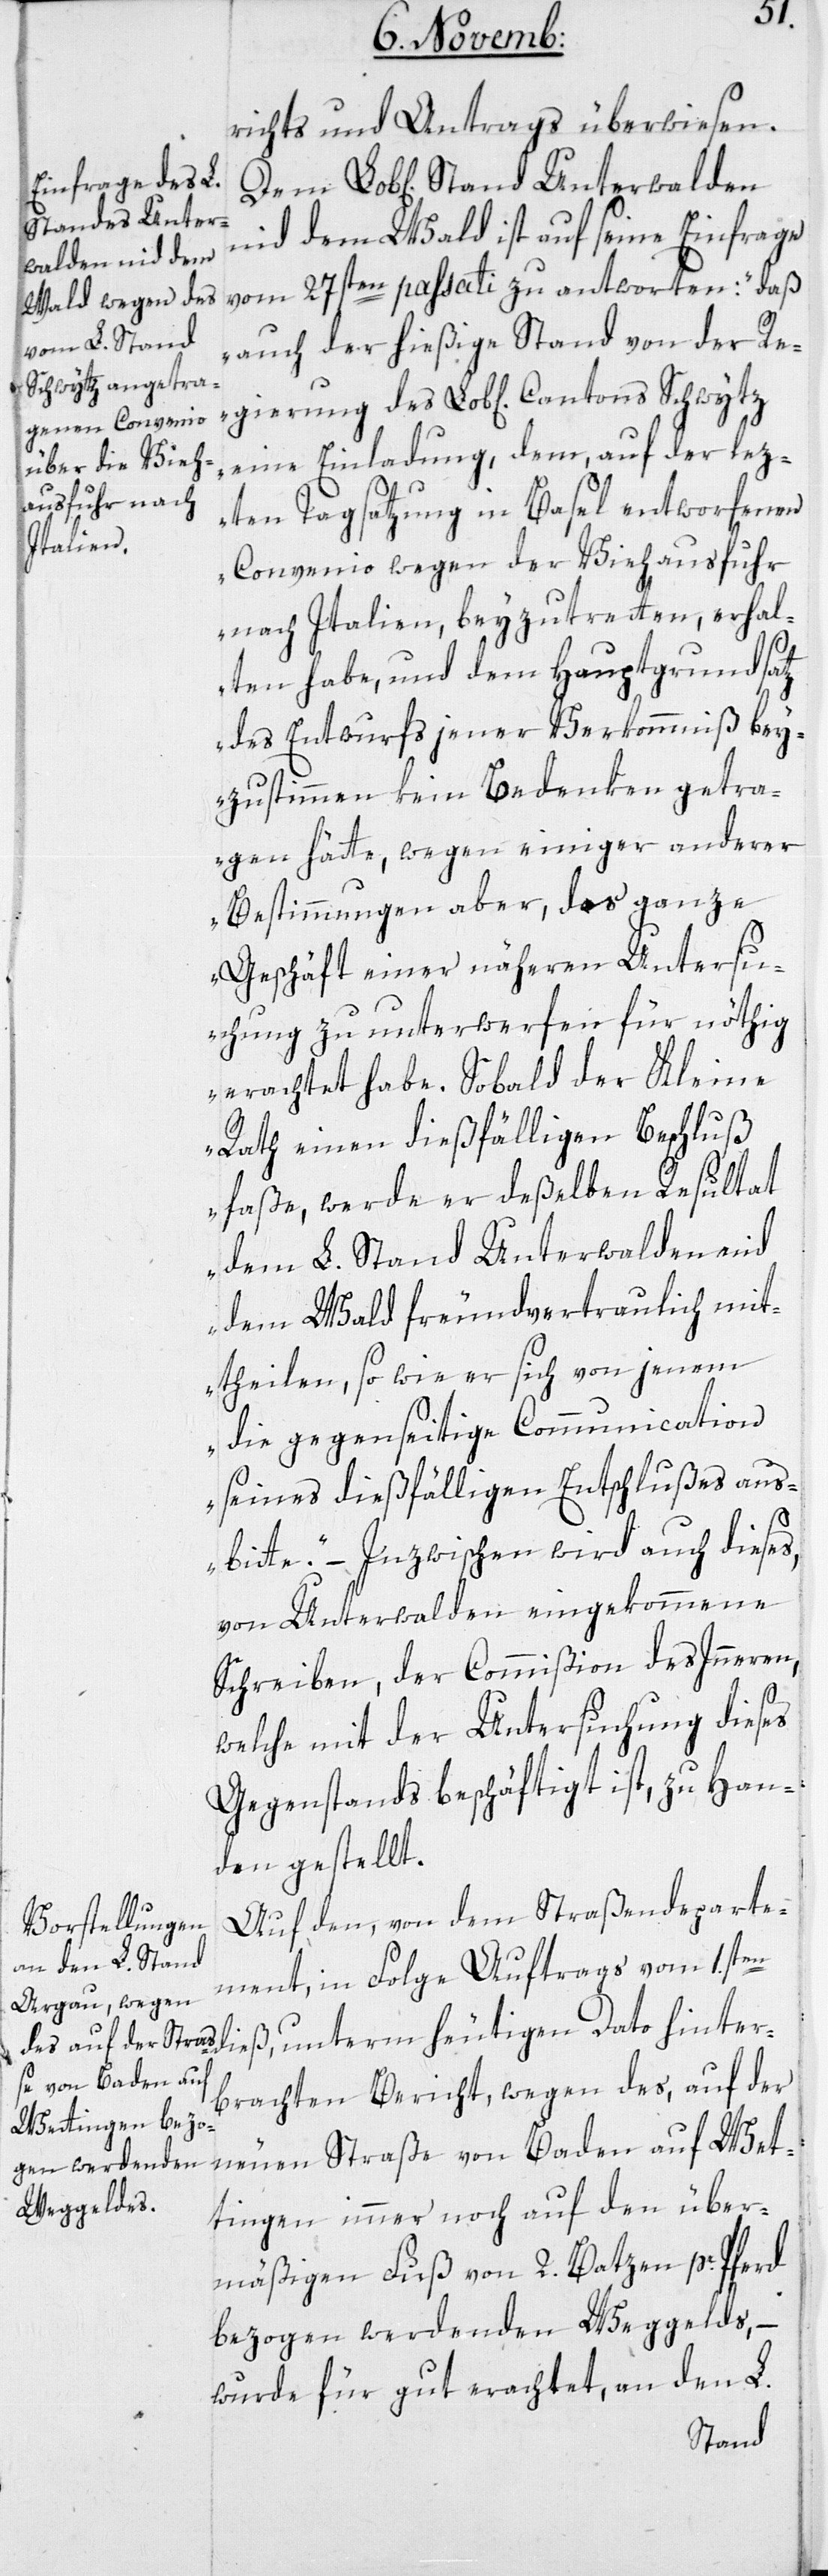
richts und Antrags überwiesen.
nid dem Wald ist auf seine Einfrage
vom 27sten passati zu antworten: „daß
auch der hießige Stand von der Re¬
eine Einladung, dem auf der lez¬
ten Tagsatzung in Basel entworfenen
hinter¬
Convenio wegen der Viehausfuhr
nach Italien, beyzutreten, erhal¬
ten habe, und dem Hauptgrundsatz
des Entwurfs jener Verkommniß bey¬
zustimmen kein Bedenken getra¬
gen hätte, wegen einiger anderer
Bestimmungen aber, das ganze
Geschäft einer näheren Untersu¬
chung zu unterwerfen für nöthig
erachtet habe. Sobald der Kleine
Rath einen dießfälligen Beschluß
faße, werde er deßelben Resultat
dem L. Stand Unterwalden nid
dem Wald freundvertraulich mit¬
theilen, so wie er sich von jenem
die gegenseitige Communication
seines dießfälligen Entschlußes aus¬
bitte“. – Inzwischen wird auch dieses,
von Unterwalden eingekommene
Schreiben, der Commißion des Inneren,
welche mit der Untersuchung dieses
Gegenstands beschäftigt ist, zu Han¬
den gestellt.
Auf dem von dem Straßendeparte¬
ment, in Folge Auftrags vom 1.sten
brachten Bericht, wegen des, auf der
neuen Straße von Baden auf Wet¬
tingen immer noch auf den über¬
mäßigen Fuß von 2. Batzen pr. Pferd
bezogen werdenden Weggelds, –
wurde für gut erachtet, an den L.
Stand